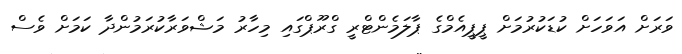
ވަރަށް އަވަހަށް ކުޑަކުރުމަށް ޕީޕީއެމްގެ ޕާލަމެންޓްރީ ގްރޫޕްގައި މިހާރު މަޝްވަރާކުރަމުންދާ ކަމަށް ވެސް